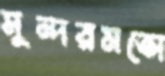
সুন্দরমতো